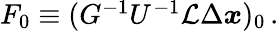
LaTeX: \begin{array}{r}{F_{0}\equiv(G^{-1}U^{-1}\mathcal{L}\Delta\boldsymbol{x})_{0}\, .}\end{array}